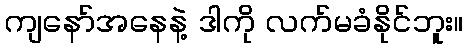
ကျနော်အနေနဲ့ ဒါကို လက်မခံနိုင်ဘူး။